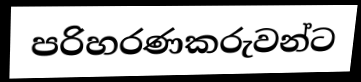
පරිහරණකරුවන්ට